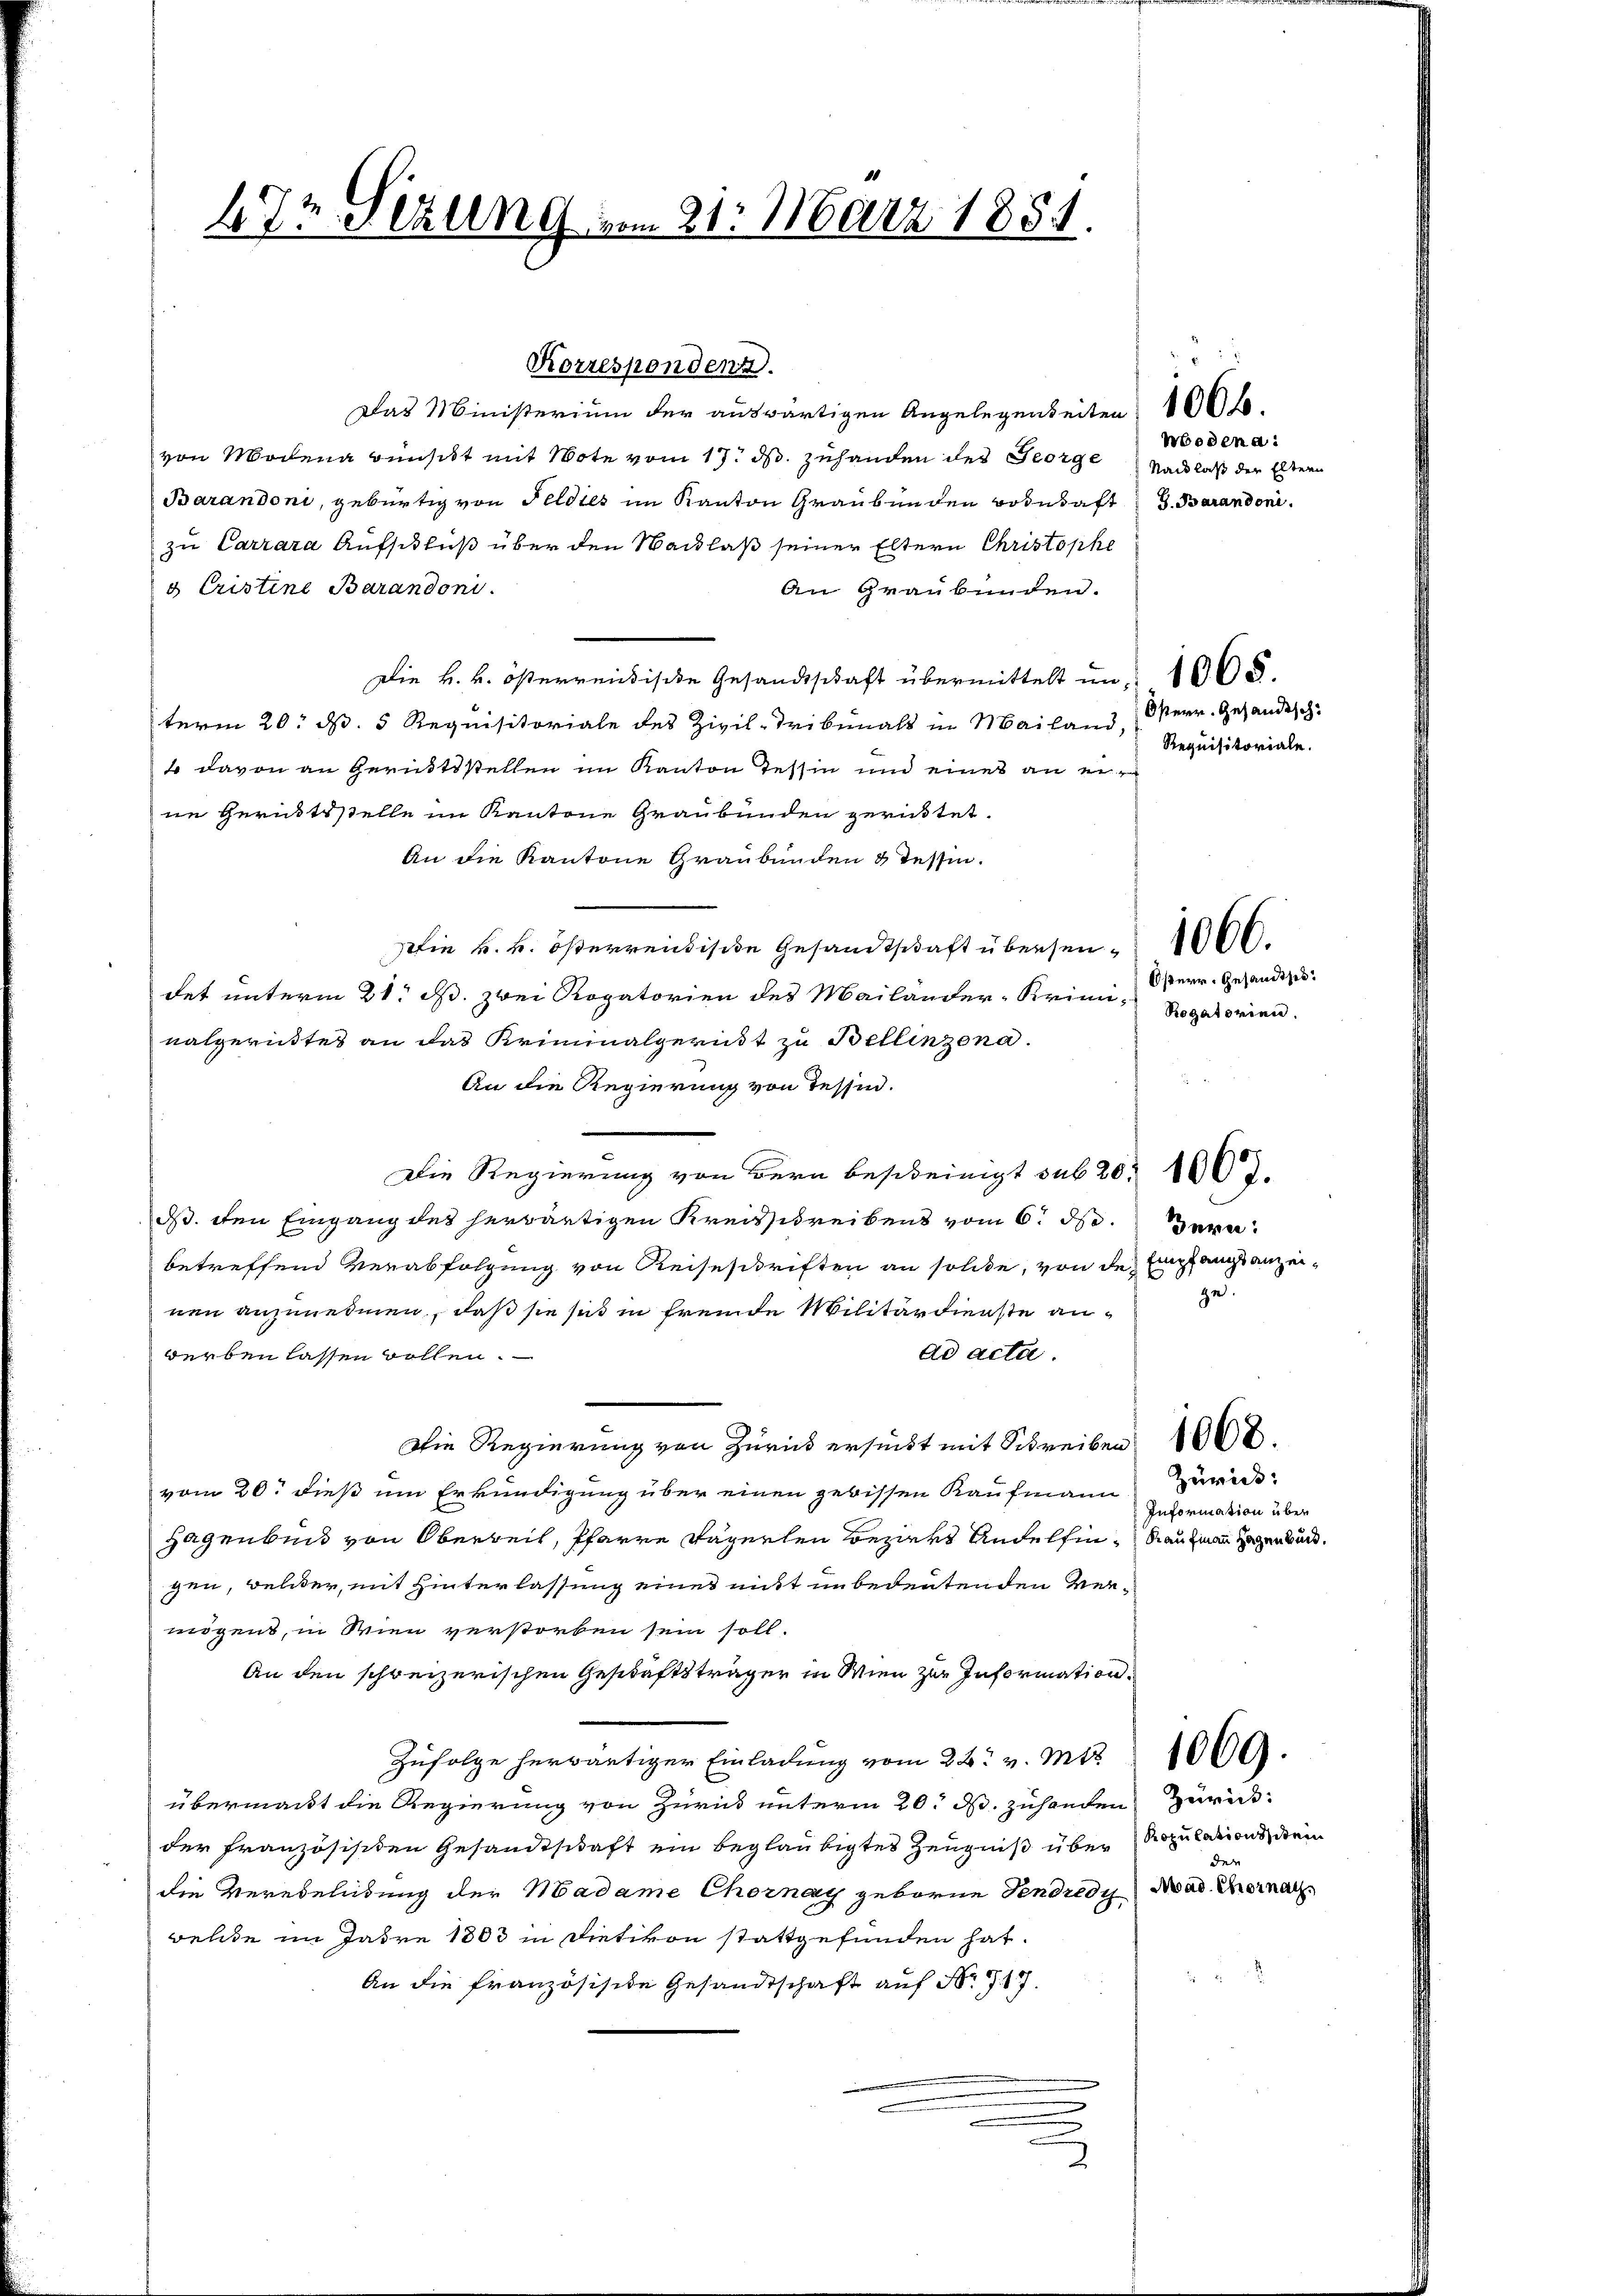
7m et ling vom 21. März 1884.

Das Ministerium der auswärtigen Angelegenseiten 100 f.
von Modena wünscht mit Note vom 17. ds. zuhanden des George
Barandoni, gebürtig von Feldies im Kanton Graubünden Bodetaft G. Baranden.
zu Carrara Aufschluß über den Wacklas seiner Eltern Christophe
s Cristine Barandoni.
An Graubünden.
Die k. k. österreichische Gesandtschaft übermittelt in 1605.
term 20. d. 5 Requisitoriale des Zivil- Tribunals in Mailand, Österr.. Gesandtsch
 davon an Gerichtsstellen im Kanton Tessin und eines an eine Gerichtsstelle im Kantone Graubünden gerichtet.
An die Kantone Graubünden 8 Tessin.
Die k. k. österrendische Gesandtschaft übersen 1000.
det unterm 21. ds. zwei Rogatorien des Mailänder-Krimi-
nalgerichtes an das Kriminalgerndt zu Bellinzona.
An die Regierung von Tessin.
Die Regierung von dern bescheinigt sub 20. 1003.
d den Eingang des herwärtigen Kreisschreibens vom 6. d.
betreffend Verabfolgung von Reiseschriften an solide, von den Empfangsanzei-
nen anzunehmen, daß sie sie in fremde Militärdienste anad acta.
serben lassen wollen.
Die Regierung von Zurück ersucht mit Schreiben 1000.
vom 20. dieß um Erkundigung über einen gebissen Kaufmann
Hagenbund von Oberbeit, Pfarre Sagerlen bezieht Andelfin, dan man Gegenbuch.
gen, welcher, mit Hinterlassung eines nicht in bedeutenden Vermögens, in Wien verstorben sein soll.
An den schreizerischen Geschäftsträger in Wien zur Information
Zufolge herwärtiger Einladung vom 22. v. Mts.
übermacht die Regierung von Zurück unterm 20. d. zuhanden Zurückder Französischen Gesandtschaft ein beglaubigtes Zeugniß über Kopulations, drei
die Verebeleidung der Madame Chornay geboren Fendredi Mad. Thornach
welche im Jahre 1803 in Dietikon stattgefunden hat.
An die Französische Gesandtschaft auf Nr. 717.

Korrespondenz

wedend:
Nachlaß der Eltern

Requisitoriale.

f
.

Österr. Gesandts.
Rogatorien.

ern:
zu.

Zürich:
Information über

der

1069.